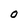
Character: O